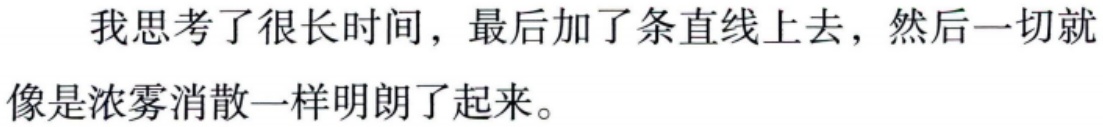
我思考了很长时间，最后加了条直线上去，然后一切就像是浓雾消散一样明朗了起来。